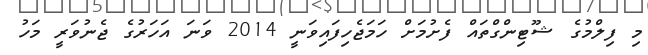
މި ފިލްމުގެ ޝޫޓިންގްތައް ފެށުމަށް ހަމަޖެހިފައިވަނީ 2014 ވަނަ އަހަރުގެ ޖެނުވަރީ މަހު